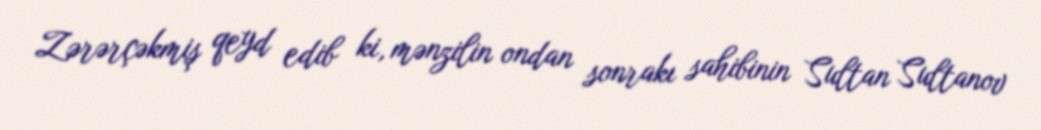
Zərərçəkmiş qeyd edib ki, mənzilin ondan sonrakı sahibinin Sultan Sultanov